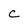
Character: C